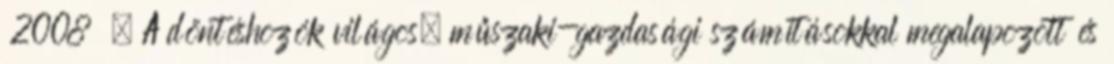
2008 . A döntéshozók világos, műszaki-gazdasági számításokkal megalapozott és